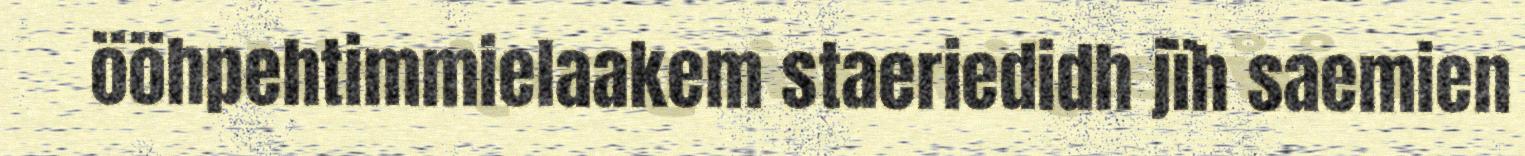
ööhpehtimmielaakem staeriedidh jïh saemien